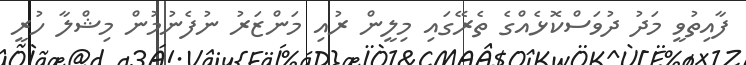
ފާއިތުވީ މަދު ދުވަސްކޮޅެއްގެ ތެރޭގައި މިލީން ރުއި މަންޒަރު ނުފެނުމުން މިޝްލާ ހުރީ